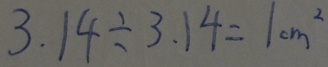
3 . 1 4 \div 3 . 1 4 = 1 c m ^ { 2 }